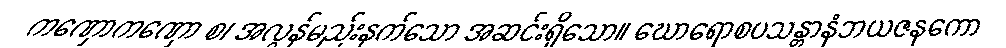
ကဏှောကဏှော စ၊ အလွန်မည်းနက်သော အဆင်းရှိသော။ ဃောရောစပသန္တာနံဘယဇနကော